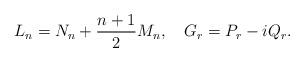
LaTeX: \begin{align*} L_n=N_n+\frac{n+1}{2}M_n,\quad G_r=P_r-iQ_r.\end{align*}